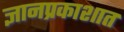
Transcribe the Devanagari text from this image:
ज्ञानप्रकाशात